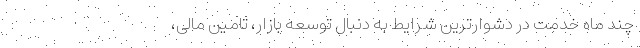
چند ماه خدمت در دشوارترین شرایط به دنبال توسعه بازار، تامین مالی،